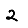
Digit: 2